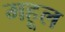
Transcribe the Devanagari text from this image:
महूल